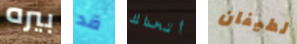
بيره قد أتحداك لطيفان